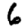
Digit: 6